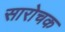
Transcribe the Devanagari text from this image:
सारोचक